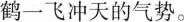
鹤一飞冲天的气势。